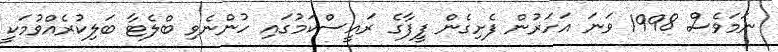
ނަމަވެސް 1998 ވަނަ އަހަރުން ފެށިގެން ފީފާގެ ރައީސްކަމުގައި ހުންނެވި ބްލެޓާ ބަލިކުރެއްވުމަކީ